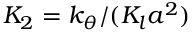
K _ { 2 } = k _ { \theta } / ( K _ { l } a ^ { 2 } )